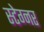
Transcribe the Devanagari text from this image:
स्टेग्नर